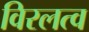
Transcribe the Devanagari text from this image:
विरलत्व